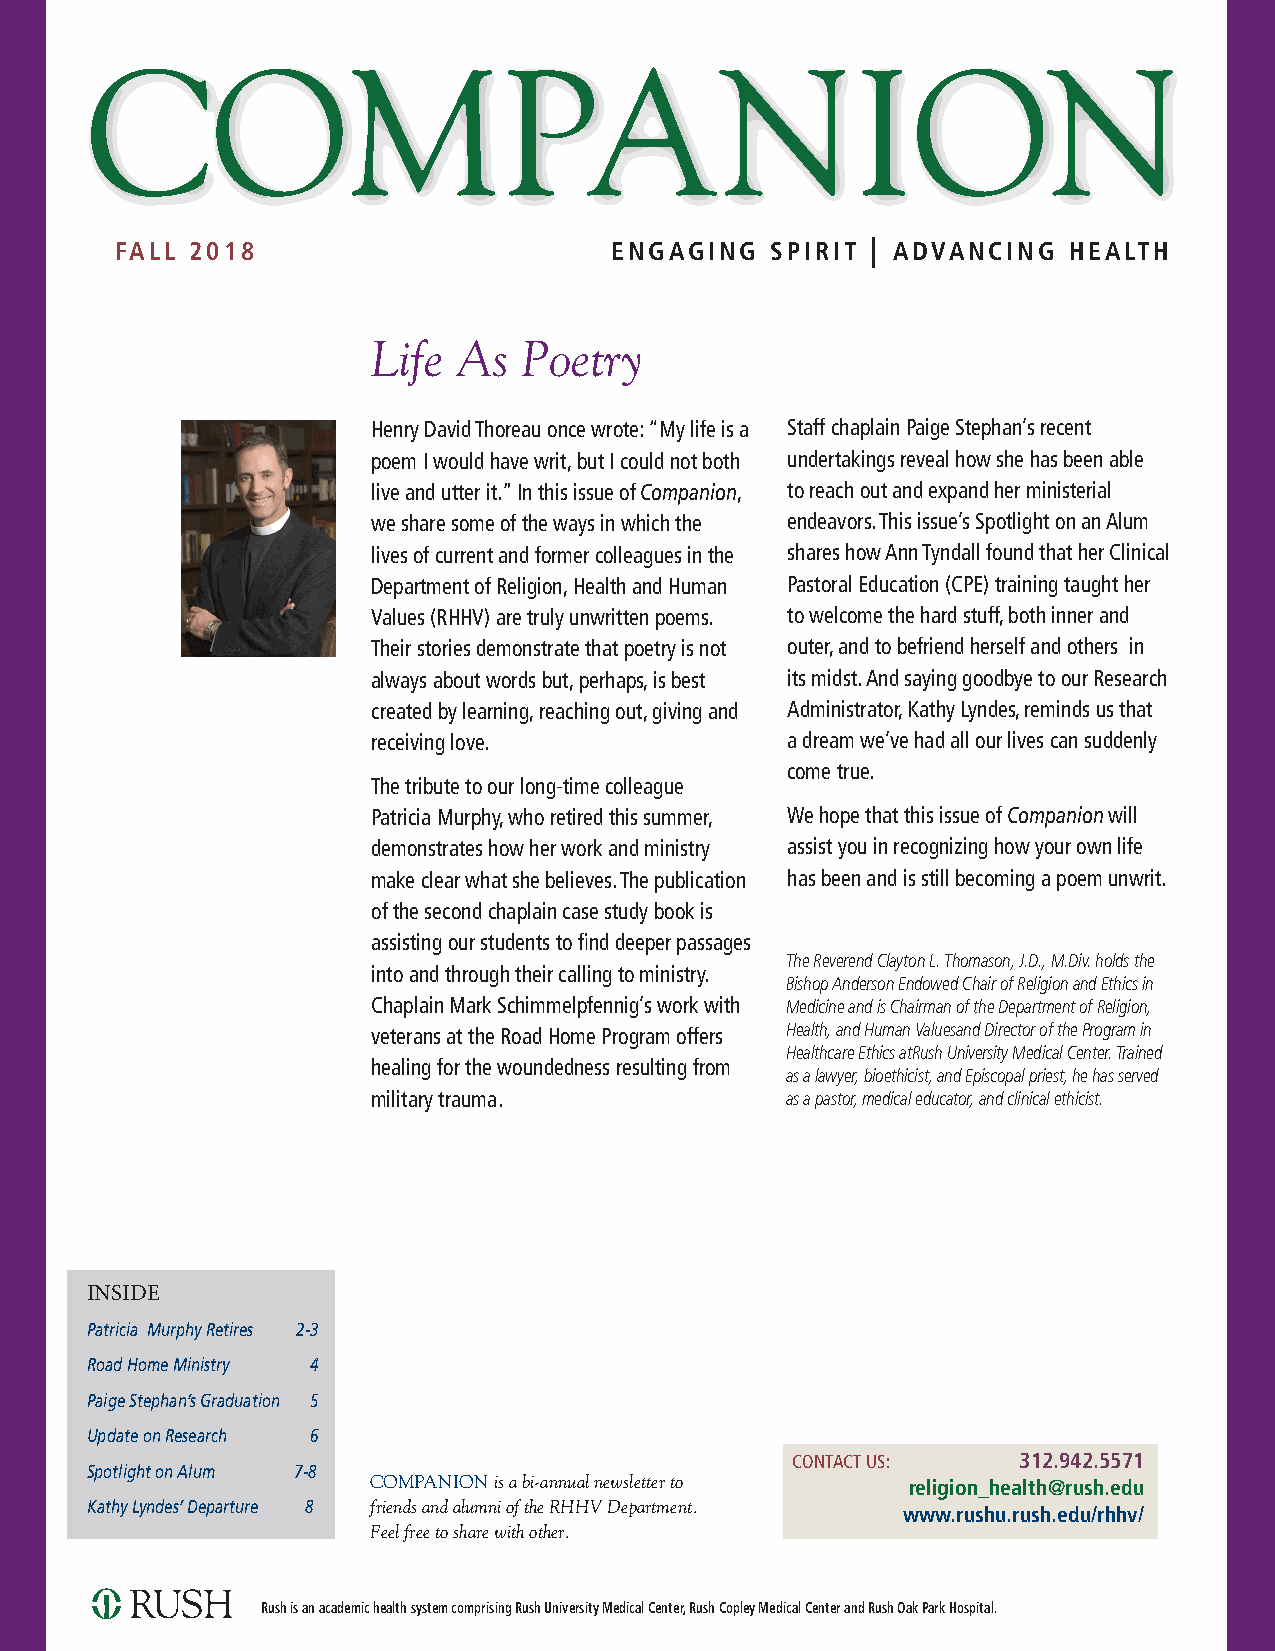
COMPANION
 FALL 2018                       ENGAGING   SPIRIT | ADVANCING  HEALTH
 Life As  Poetry
 Henry David Thoreau once wrote: “My life is a Staff chaplain Paige Stephan’s recent
 poem I would have writ, but I could not both undertakings reveal how she has been able
 live and utter it.” In this issue of Companion, to reach out and expand her ministerial
 we share some of the ways in which the endeavors. This issue’s Spotlight on an Alum
 lives of current and former colleagues in the shares how Ann Tyndall found that her Clinical
 Department of Religion, Health and Human Pastoral Education (CPE) training taught her
 Values (RHHV) are truly unwritten poems. to welcome the hard stuff, both inner and
 Their stories demonstrate that poetry is not outer, and to befriend herself and others in
 always about words but, perhaps, is best its midst. And saying goodbye to our Research
 created by learning, reaching out, giving and Administrator, Kathy Lyndes, reminds us that
 receiving love.            a dream we’ve had all our lives can suddenly
 come true.
 The tribute to our long-time colleague
 Patricia Murphy, who retired this summer, We hope that this issue of Companion will
 demonstrates how her work and ministry assist you in recognizing how your own life
 make clear what she believes. The publication has been and is still becoming a poem unwrit.
 of the second chaplain case study book is
 assisting our students to find deeper passages
 The Reverend Clayton L. Thomason, J.D., M.Div. holds the
 into and through their calling to ministry.
 Bishop Anderson Endowed Chair of Religion and Ethics in
 Chaplain Mark Schimmelpfennig’s work with Medicine and is Chairman of the Department of Religion,
 veterans at the Road Home Program offers Health, and Human Valuesand Director of the Program in
 Healthcare Ethics atRush University Medical Center. Trained
 healing for the woundedness resulting from
 as a lawyer, bioethicist, and Episcopal priest, he has served
 military trauma.           as a pastor, medical educator, and clinical ethicist.
 INSIDE
 Patricia Murphy Retires 2-3
 Road Home Ministry 4
 Paige Stephan’s Graduation 5
 Update on Research 6
 CONTACT US:    312.942.5571
 Spotlight on Alum 7-8
 COMPANION is a bi-annual newsletter to religion_health@rush.edu
 Kathy Lyndes’ Departure 8 friends and alumni of the RHHV Department.
 www.rushu.rush.edu/rhhv/
 Feel free to share with other.
 Rush is an academic health system comprising Rush University Medical Center, Rush Copley Medical Center and Rush Oak Park Hospital.